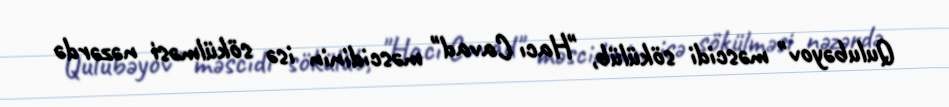
Qulubəyov" məscidi sökülüb, "Hacı Cavad" məscidinin isə sökülməsi nəzərdə